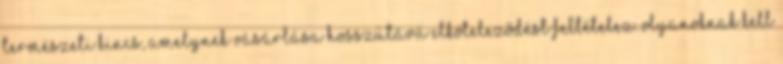
természeti kincs, amelynek vásárlása hosszútávú elköteleződést feltételez. Olyanoknak kell